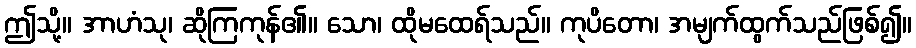
ဤသို့။ အာဟံသု၊ ဆိုကြကုန်၏။ သော၊ ထိုမထေရ်သည်။ ကုပိတော၊ အမျက်ထွက်သည်ဖြစ်၍။